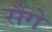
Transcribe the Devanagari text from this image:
सैंगे